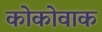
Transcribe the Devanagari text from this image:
कोकोवाक